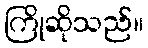
ကြိုဆိုသည်။